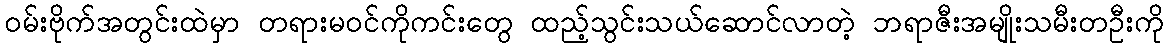
ဝမ်းဗိုက်အတွင်းထဲမှာ တရားမဝင်ကိုကင်းတွေ ထည့်သွင်းသယ်ဆောင်လာတဲ့ ဘရာဇီးအမျိုးသမီးတဦးကို